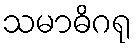
သမာဓိဂရု